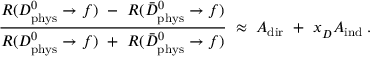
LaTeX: \frac { { \cal R } ( D _ { \mathrm { p h y s } } ^ { 0 } \rightarrow f ) ~ - ~ { \cal R } ( \bar { D } _ { \mathrm { p h y s } } ^ { 0 } \rightarrow f ) } { { \cal R } ( D _ { \mathrm { p h y s } } ^ { 0 } \rightarrow f ) ~ + ~ { \cal R } ( \bar { D } _ { \mathrm { p h y s } } ^ { 0 } \rightarrow f ) } \; \approx \; { \cal A } _ { \mathrm { d i r } } ~ + ~ x _ { D } ^ { ~ } { \cal A } _ { \mathrm { i n d } } \; .